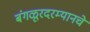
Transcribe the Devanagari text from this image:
बंगळूरदरम्यानचे